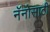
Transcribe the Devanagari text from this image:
नॅनोसाठी